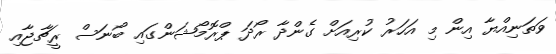
ވަތަނިއްޔާ އިން މި އަހަރު ކުރިއަށް ގެންދާ ރޯދަ ޕްރޮމޯޝަންގައި ބޯނަސް ރީޗާޖާއި